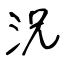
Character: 況